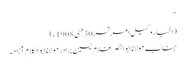
‘‘
(اخبار وکیل امرتسر30مئی 1908ء)
جناب مولانا ابوالنصر غلام یٰسین برادر مولانا ابوالکلام آزاد۔